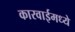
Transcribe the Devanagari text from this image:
कारवाईमध्ये